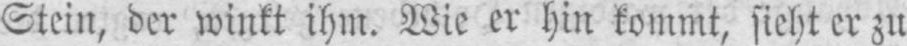
Stein, der winkt ihm. Wie er hin kommt, sieht er zu